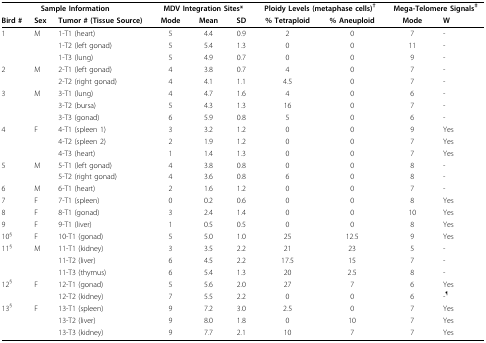
<table><thead><tr><td colspan="3"><b>Sample Information</b></td><td colspan="3"><b>MDV Integration Sites*</b></td><td colspan="2"><b>Ploidy Levels (metaphase cells)<sup>†</sup></b></td><td colspan="2"><b>Mega-Telomere Signals<sup>‡</sup></b></td></tr><tr><td><b>Bird #</b></td><td><b>Sex</b></td><td><b>Tumor # (Tissue Source)</b></td><td><b>Mode</b></td><td><b>Mean</b></td><td><b>SD</b></td><td><b>% Tetraploid</b></td><td><b>% Aneuploid</b></td><td><b>Mode</b></td><td><b>W</b></td></tr></thead><tbody><tr><td>1</td><td>M</td><td>1-T1 (heart)</td><td>5</td><td>4.4</td><td>0.9</td><td>2</td><td>0</td><td>7</td><td>-</td></tr><tr><td></td><td></td><td>1-T2 (left gonad)</td><td>5</td><td>5.4</td><td>1.3</td><td>0</td><td>0</td><td>11</td><td>-</td></tr><tr><td></td><td></td><td>1-T3 (lung)</td><td>5</td><td>4.9</td><td>0.7</td><td>0</td><td>0</td><td>9</td><td>-</td></tr><tr><td>2</td><td>M</td><td>2-T1 (left gonad)</td><td>4</td><td>3.8</td><td>0.7</td><td>4</td><td>0</td><td>7</td><td>-</td></tr><tr><td></td><td></td><td>2-T2 (right gonad)</td><td>4</td><td>4.1</td><td>1.1</td><td>4.5</td><td>0</td><td>7</td><td>-</td></tr><tr><td>3</td><td>M</td><td>3-T1 (lung)</td><td>4</td><td>4.7</td><td>1.6</td><td>4</td><td>0</td><td>6</td><td>-</td></tr><tr><td></td><td></td><td>3-T2 (bursa)</td><td>5</td><td>4.3</td><td>1.3</td><td>16</td><td>0</td><td>7</td><td>-</td></tr><tr><td></td><td></td><td>3-T3 (gonad)</td><td>6</td><td>5.9</td><td>0.8</td><td>5</td><td>0</td><td>6</td><td>-</td></tr><tr><td>4</td><td>F</td><td>4-T1 (spleen 1)</td><td>3</td><td>3.2</td><td>1.2</td><td>0</td><td>0</td><td>9</td><td>Yes</td></tr><tr><td></td><td></td><td>4-T2 (spleen 2)</td><td>2</td><td>1.9</td><td>1.2</td><td>0</td><td>0</td><td>7</td><td>Yes</td></tr><tr><td></td><td></td><td>4-T3 (heart)</td><td>1</td><td>1.4</td><td>1.3</td><td>0</td><td>0</td><td>7</td><td>Yes</td></tr><tr><td>5</td><td>M</td><td>5-T1 (left gonad)</td><td>4</td><td>3.8</td><td>0.8</td><td>0</td><td>0</td><td>8</td><td>-</td></tr><tr><td></td><td></td><td>5-T2 (right gonad)</td><td>4</td><td>3.6</td><td>0.8</td><td>6</td><td>0</td><td>8</td><td>-</td></tr><tr><td>6</td><td>M</td><td>6-T1 (heart)</td><td>2</td><td>1.6</td><td>1.2</td><td>0</td><td>0</td><td>7</td><td>-</td></tr><tr><td>7</td><td>F</td><td>7-T1 (spleen)</td><td>0</td><td>0.2</td><td>0.6</td><td>0</td><td>0</td><td>8</td><td>Yes</td></tr><tr><td>8</td><td>F</td><td>8-T1 (gonad)</td><td>3</td><td>2.4</td><td>1.4</td><td>0</td><td>0</td><td>10</td><td>Yes</td></tr><tr><td>9</td><td>F</td><td>9-T1 (liver)</td><td>1</td><td>0.5</td><td>0.5</td><td>0</td><td>0</td><td>8</td><td>Yes</td></tr><tr><td>10<sup>§</sup></td><td>F</td><td>10-T1 (gonad)</td><td>5</td><td>5.0</td><td>1.0</td><td>25</td><td>12.5</td><td>9</td><td>Yes</td></tr><tr><td>11<sup>§</sup></td><td>M</td><td>11-T1 (kidney)</td><td>3</td><td>3.5</td><td>2.2</td><td>21</td><td>23</td><td>5</td><td>-</td></tr><tr><td></td><td></td><td>11-T2 (liver)</td><td>6</td><td>4.5</td><td>2.2</td><td>17.5</td><td>15</td><td>7</td><td>-</td></tr><tr><td></td><td></td><td>11-T3 (thymus)</td><td>6</td><td>5.4</td><td>1.3</td><td>20</td><td>2.5</td><td>8</td><td>-</td></tr><tr><td>12<sup>§</sup></td><td>F</td><td>12-T1 (gonad)</td><td>5</td><td>5.6</td><td>2.0</td><td>27</td><td>7</td><td>6</td><td>Yes</td></tr><tr><td></td><td></td><td>12-T2 (kidney)</td><td>7</td><td>5.5</td><td>2.2</td><td>0</td><td>0</td><td>6</td><td>-<sup>¶</sup></td></tr><tr><td>13<sup>§</sup></td><td>F</td><td>13-T1 (spleen)</td><td>9</td><td>7.2</td><td>3.0</td><td>2.5</td><td>0</td><td>7</td><td>Yes</td></tr><tr><td></td><td></td><td>13-T2 (liver)</td><td>9</td><td>8.0</td><td>1.8</td><td>0</td><td>10</td><td>7</td><td>Yes</td></tr><tr><td></td><td></td><td>13-T3 (kidney)</td><td>9</td><td>7.7</td><td>2.1</td><td>10</td><td>7</td><td>7</td><td>Yes</td></tr></tbody></table>